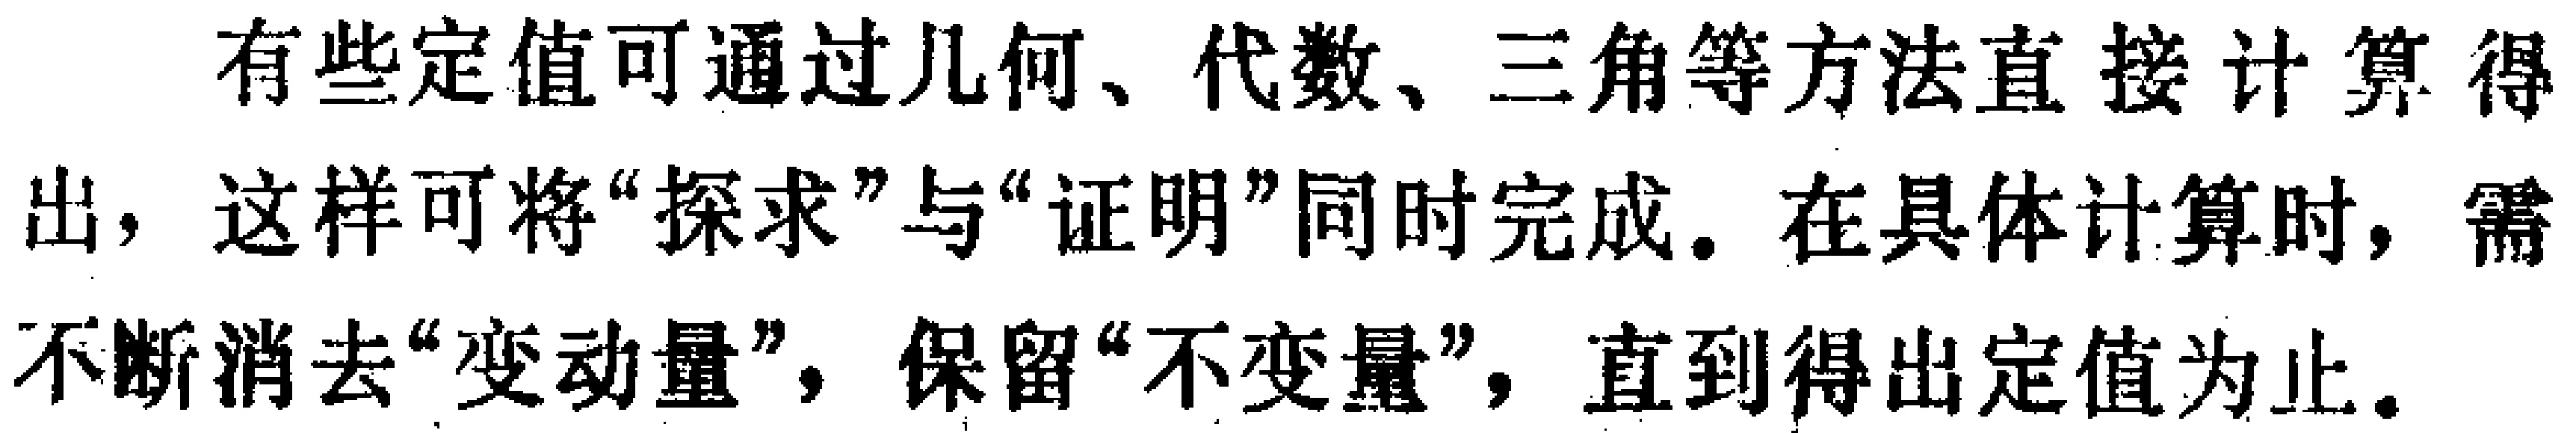
有些定值可通过几何、代数、三角等方法直接计算得出，这样可将“探求”与“证明”同时完成。在具体计算时，需不断消去“变动量”，保留“不变量”，直到得出定值为止。